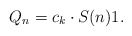
\begin{align*}Q_n= c_k\cdot S(n)1.\end{align*}